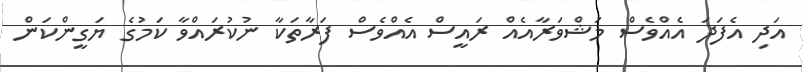
އަދި އެފަދަ އެއްވެސް މަޝްވަރާއެއް ރައީސް އެއްވެސް ފަރާތަކާ ނުކުރައްވާ ކަމުގެ ޔަގީންކަން